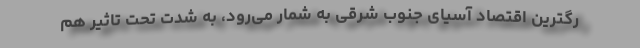
رگترین اقتصاد آسیای جنوب شرقی به شمار می‌رود، به شدت تحت تاثیر هم